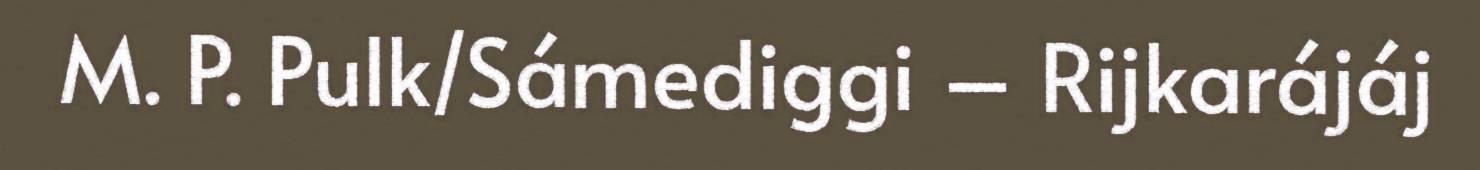
M. P. Pulk/Sámediggi – Rijkarájáj